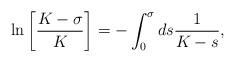
LaTeX: \begin{align*}\ln \left[ \frac{ K-\sigma}{K } \right] = -\int_{0}^{\sigma} d s \frac{1}{ K -s},\end{align*}